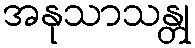
အနုသာသန္တု